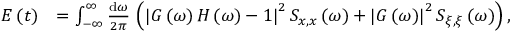
\begin{array} { r l } { E \left( t \right) } & { = \int _ { - \infty } ^ { \infty } \frac { \mathrm { d } \omega } { 2 \pi } \, \left( \left| G \left( \omega \right) H \left( \omega \right) - 1 \right| ^ { 2 } S _ { x , x } \left( \omega \right) + \left| G \left( \omega \right) \right| ^ { 2 } S _ { \xi , \xi } \left( \omega \right) \right) , } \end{array}